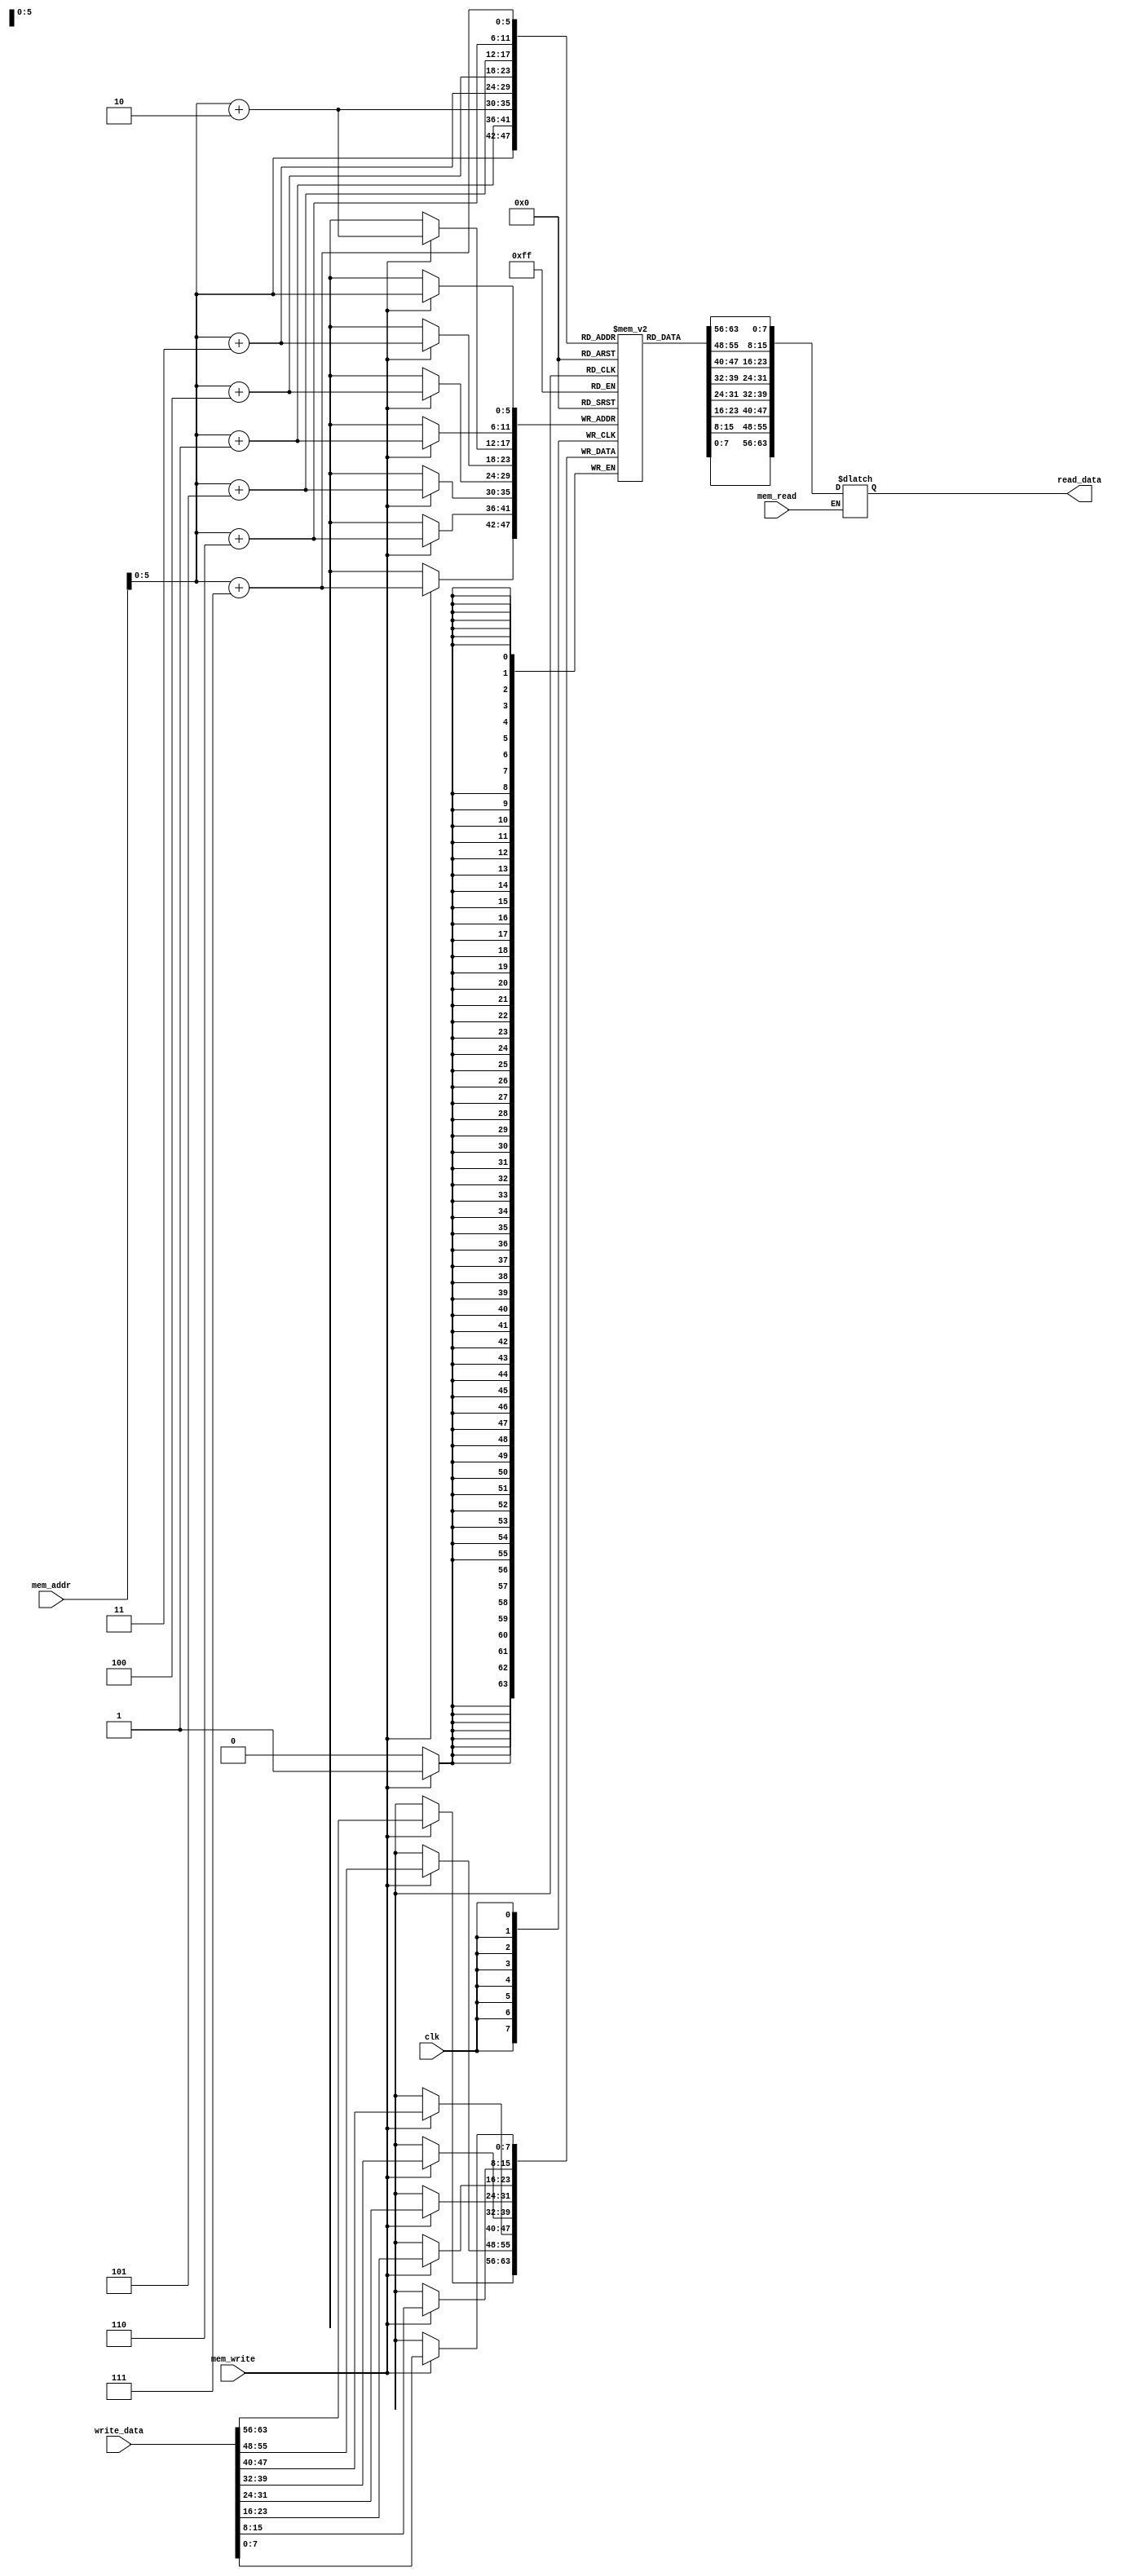
module Data_Memory(
    input [63:0] mem_addr,
    input [63:0] write_data,
    input clk, mem_write, mem_read,
    output reg [63:0] read_data
);
reg [0:7] data_mem[63:0];
initial
begin
    data_mem[0] = 64'd0;
    data_mem[1] = 64'd0;
    data_mem[2] = 64'd0;
    data_mem[3] = 64'd0;
    data_mem[4] = 64'd0;
    data_mem[5] = 64'd0;
    data_mem[6] = 64'd0;
    data_mem[7] = 64'd0;
    data_mem[8] = 64'd0;
    data_mem[9] = 64'd0;
    data_mem[10] = 64'd0;
    data_mem[11] = 64'd0;
    data_mem[12] = 64'd0;
    data_mem[13] = 64'd0;
    data_mem[14] = 64'd0;
    data_mem[15] = 64'd0;
    data_mem[16] = 64'd0;
    data_mem[17] = 64'd0;
    data_mem[18] = 64'd0;
    data_mem[19] = 64'd0;
    data_mem[20] = 64'd0;
    data_mem[21] = 64'd0;
    data_mem[22] = 64'd0;
    data_mem[23] = 64'd0;
    data_mem[24] = 64'd0;
    data_mem[25] = 64'd0;
    data_mem[26] = 64'd0;
    data_mem[27] = 64'd0;
    data_mem[28] = 64'd0;
    data_mem[29] = 64'd0;
    data_mem[30] = 64'd0;
    data_mem[31] = 64'd0;
    data_mem[32] = 64'd0;
    data_mem[33] = 64'd0;
    data_mem[34] = 64'd0;
    data_mem[35] = 64'd0;
    data_mem[36] = 64'd0;
    data_mem[37] = 64'd0;
    data_mem[38] = 64'd0;
    data_mem[39] = 64'd0;
    data_mem[40] = 64'd8;
    data_mem[41] = 64'd0;
    data_mem[42] = 64'd0;
    data_mem[43] = 64'd0;
    data_mem[44] = 64'd0;
    data_mem[45] = 64'd0;
    data_mem[46] = 64'd0;
    data_mem[47] = 64'd0;
    data_mem[48] = 64'd0;
    data_mem[49] = 64'd0;
    data_mem[50] = 64'd0;
    data_mem[51] = 64'd0;
    data_mem[52] = 64'd0;
    data_mem[53] = 64'd0;
    data_mem[54] = 64'd0;
    data_mem[55] = 64'd0;
    data_mem[56] = 64'd0;
    data_mem[57] = 64'd0;
    data_mem[58] = 64'd0;
    data_mem[59] = 64'd0;
    data_mem[60] = 64'd0;
    data_mem[61] = 64'd0;
    data_mem[62] = 64'd0;
    data_mem[63] = 64'd0;
end
always @(negedge clk)
begin
    if (mem_write)
        begin
            data_mem[mem_addr] = write_data[7:0];
            data_mem[mem_addr+1] = write_data[15:8];
            data_mem[mem_addr+2] = write_data[23:16];
            data_mem[mem_addr+3] = write_data[31:24];
            data_mem[mem_addr+4] = write_data[39:32];
            data_mem[mem_addr+5] = write_data[47:40];
            data_mem[mem_addr+6] = write_data[55:48];
            data_mem[mem_addr+7] = write_data[63:56];
        end
end
always @(mem_addr or mem_read or data_mem)
    begin
        if(mem_read)
        begin
            read_data = {data_mem[mem_addr+7],data_mem[mem_addr+6], data_mem[mem_addr+5], data_mem[mem_addr+4], data_mem[mem_addr+3], data_mem[mem_addr+2], data_mem[mem_addr+1], data_mem[mem_addr]};
        end
    end
endmodule